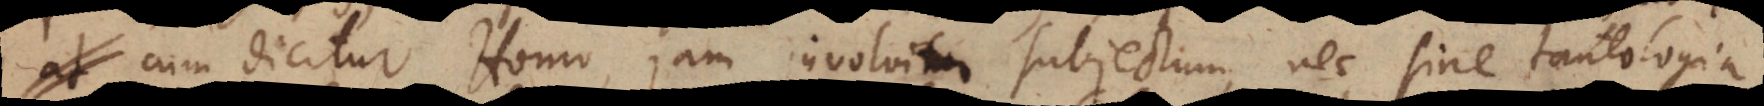
at cum dicitur Homo, jam involvitur subjectum, nec sine tautologia